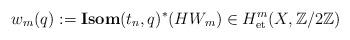
LaTeX: \begin{align*} w_m(q):={\bf Isom}(t_n,q)^*(HW_m)\in H^m_{\mathrm{et}}(X,\mathbb{Z}/2\mathbb{Z})\end{align*}